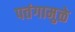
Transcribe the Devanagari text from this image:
पतंगामुळे